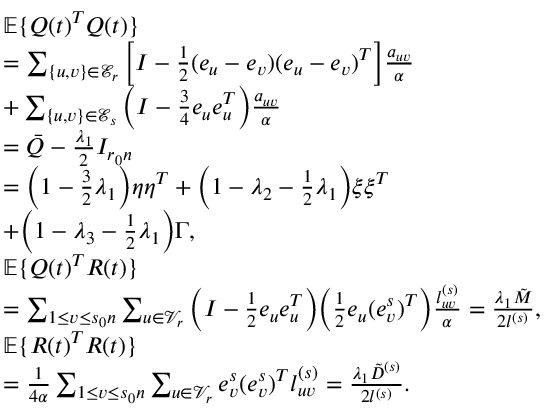
\begin{array} { r l } & { \mathbb { E } \{ Q ( t ) ^ { T } Q ( t ) \} } \\ & { = \sum _ { \{ u , v \} \in \mathcal { E } _ { r } } \Big [ I - \frac 1 2 ( e _ { u } - e _ { v } ) ( e _ { u } - e _ { v } ) ^ { T } \Big ] \frac { a _ { u v } } { \alpha } } \\ & { + \sum _ { \{ u , v \} \in \mathcal { E } _ { s } } \Big ( I - \frac 3 4 e _ { u } e _ { u } ^ { T } \Big ) \frac { a _ { u v } } { \alpha } } \\ & { = \bar { Q } - \frac { \lambda _ { 1 } } { 2 } I _ { r _ { 0 } n } } \\ & { = \Big ( 1 - \frac 3 2 \lambda _ { 1 } \Big ) \eta \eta ^ { T } + \Big ( 1 - \lambda _ { 2 } - \frac 1 2 \lambda _ { 1 } \Big ) \xi \xi ^ { T } } \\ & { + \Big ( 1 - \lambda _ { 3 } - \frac 1 2 \lambda _ { 1 } \Big ) \Gamma , } \\ & { \mathbb { E } \{ Q ( t ) ^ { T } R ( t ) \} } \\ & { = \sum _ { 1 \le v \le s _ { 0 } n } \sum _ { u \in \mathcal { V } _ { r } } \Big ( I - \frac 1 2 e _ { u } e _ { u } ^ { T } \Big ) \Big ( \frac 1 2 e _ { u } ( e _ { v } ^ { s } ) ^ { T } \Big ) \frac { l _ { u v } ^ { ( s ) } } { \alpha } = \frac { \lambda _ { 1 } \tilde { M } } { 2 l ^ { ( s ) } } , } \\ & { \mathbb { E } \{ R ( t ) ^ { T } R ( t ) \} } \\ & { = \frac { 1 } { 4 \alpha } \sum _ { 1 \le v \le s _ { 0 } n } \sum _ { u \in \mathcal { V } _ { r } } e _ { v } ^ { s } ( e _ { v } ^ { s } ) ^ { T } l _ { u v } ^ { ( s ) } = \frac { \lambda _ { 1 } \tilde { D } ^ { ( s ) } } { 2 l ^ { ( s ) } } . } \end{array}